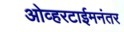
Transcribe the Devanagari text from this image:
ओव्हरटाईमनंतर